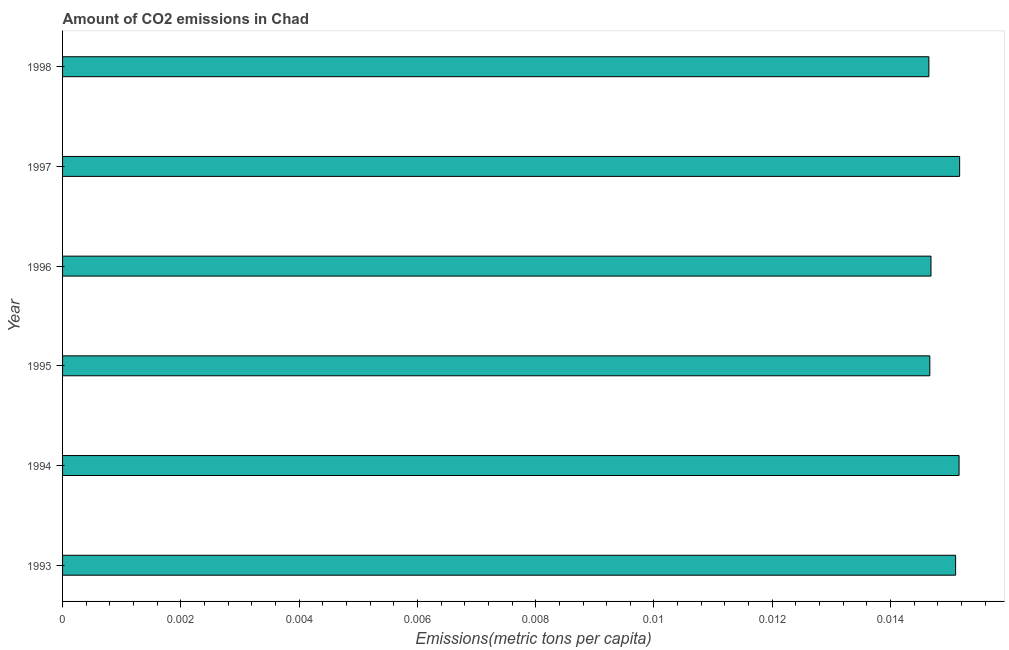
| Year | CO2 emissions |
 | --- | --- |
 | 1993 | 0.0151 |
 | 1994 | 0.0152 |
 | 1995 | 0.0147 |
 | 1996 | 0.0147 |
 | 1997 | 0.0152 |
 | 1998 | 0.0146 |